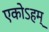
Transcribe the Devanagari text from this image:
एकोऽहम्